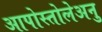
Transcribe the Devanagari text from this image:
आपोस्तोलेअनु